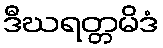
ဒီဃရတ္တမိဒံ